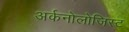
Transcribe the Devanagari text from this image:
अर्कनोलोजिस्ट